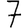
Digit: 7